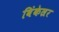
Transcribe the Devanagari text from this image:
विंकेल्रर